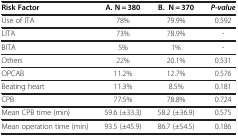
| Risk Factor | A. N = 380 | B. N = 370 | P-value |
 | --- | --- | --- | --- |
 | Use of ITA | 78% | 79.9% | 0.592 |
 | LITA | 73% | 78.9% | - |
 | BITA | 5% | 1% | - |
 | Others | 22% | 20.1% | 0.531 |
 | OPCAB | 11.2% | 12.7% | 0.576 |
 | Beating heart | 11.3% | 8.5% | 0.181 |
 | CPB | 77.5% | 78.8% | 0.724 |
 | Mean CPB time (min) | 59.6 (±33.3) | 58.2 (±36.9) | 0.575 |
 | Mean operation time (min) | 93.5 (±45.9) | 86.7 (±54.5) | 0.186 |